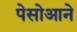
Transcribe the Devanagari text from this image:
पेसोआने